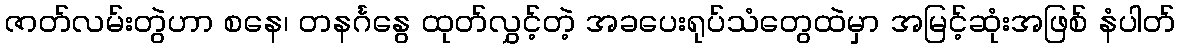
ဇာတ်လမ်းတွဲဟာ စနေ၊ တနင်္ဂနွေ ထုတ်လွှင့်တဲ့ အခပေးရုပ်သံတွေထဲမှာ အမြင့်ဆုံးအဖြစ် နံပါတ်